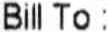
BILL TO :